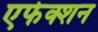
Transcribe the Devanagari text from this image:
एफेक्शन